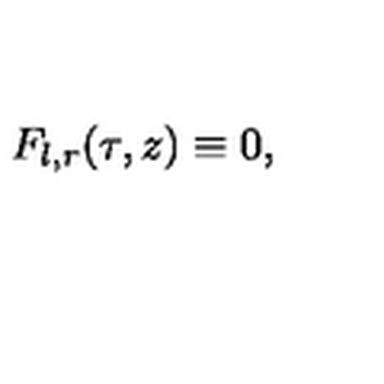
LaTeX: F _ { l , r } ( \tau , z ) \equiv 0 ,